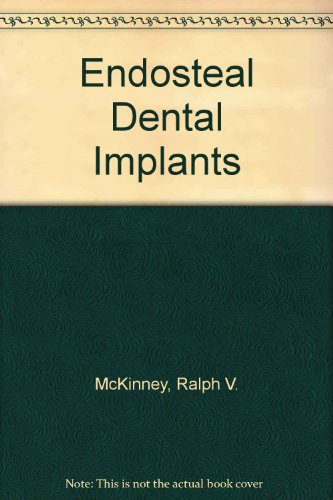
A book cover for Endosteal Dental Implants; Ralph V. McKinney; Medical Books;